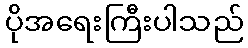
ပိုအရေးကြီးပါသည်